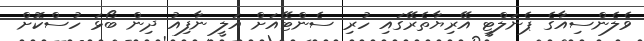
ވެލެންސިއާގެ ޕެނަލްޓީ އޭރިޔާތެރޭގައި ހުރި ސެންޓޭއަށް އަލީ ނާފިއު ދިން ބޯޅަ ހުސްކޮށް